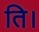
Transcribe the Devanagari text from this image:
ति।